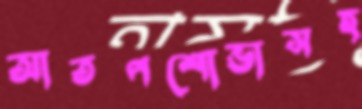
আতপশোভাসহ